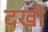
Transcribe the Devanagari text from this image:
दखी